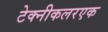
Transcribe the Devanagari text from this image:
टेक्नीकलरएक